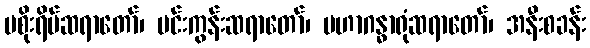
မစိုးရိမ်ဆရာတော်၊ မင်းကွန်းဆရာတော်၊ မဟာဂန္ဓာရုံဆရာတော်၊ အနီးစခန်း